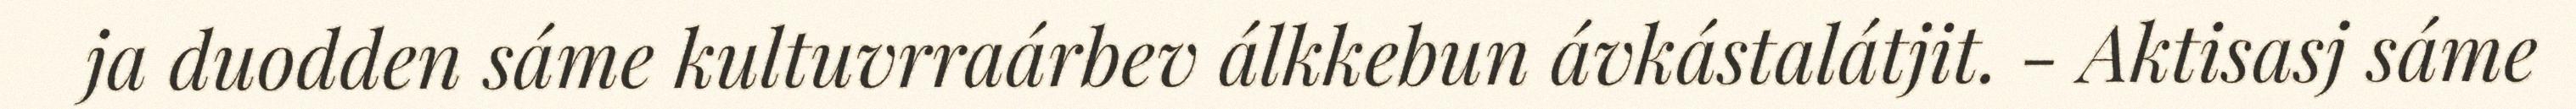
ja duodden sáme kultuvrraárbev álkkebun ávkástalátjit. - Aktisasj sáme